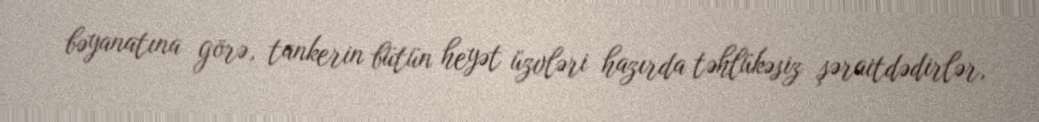
bəyanatına görə, tankerin bütün heyət üzvləri hazırda təhlükəsiz şəraitdədirlər,